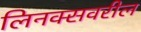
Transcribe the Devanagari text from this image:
लिनक्सवरील